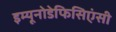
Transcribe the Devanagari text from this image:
इम्यूनोडेफिसिएंसी